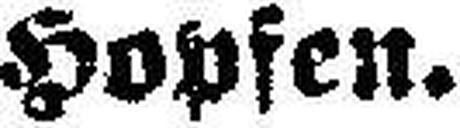
Hopfen.